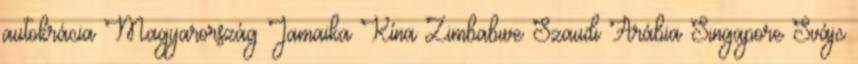
autokrácia Magyarország Jamaika Kína Zimbabwe Szaudi Arábia Singapore Svájc